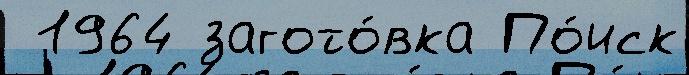
 1964 загото́вка По́иск